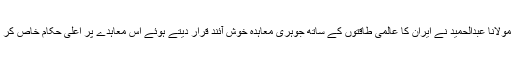
اپنے خطاب کے ایک حصے میں مولانا عبدالحمید نے ایران کا عالمی طاقتوں کے ساتھ جوہری معاہدہ خوش آئند قرار دیتے ہوئے اس معاہدے پر اعلی حکام خاص کر مذاکراتی ٹیم کو مبارکباد پیش کی۔